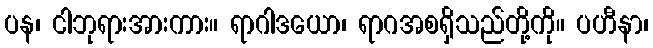
ပန၊ ငါဘုရားအားကား။ ရာဂါဒယော၊ ရာဂအစရှိသည်တို့ကို။ ပဟီနာ၊